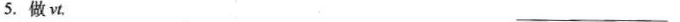
5.做vt. ___